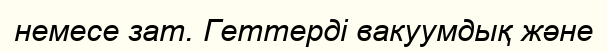
немесе зат. Геттерді вакуумдық және